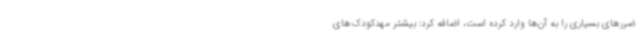
ضررهای بسیاری را به آن‌ها وارد کرده است، اضافه کرد: بیشتر مهدکودک‌های